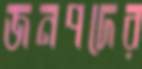
জনপদের